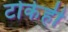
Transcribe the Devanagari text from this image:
टोकेही